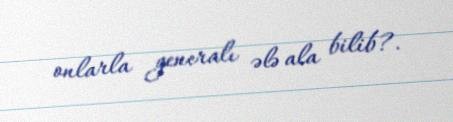
onlarla generalı ələ ala bilib?.